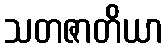
သတဇာတိယာ